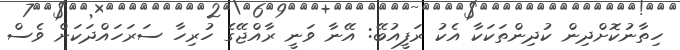
ހިތާނުކޮށްދިން ކުދިންތަކަކާ އެކު ރަފީއުބޭ: އޭނާ ވަނީ ރާއްޖޭގެ ހުރިހާ ސަރަހައްދަކަށް ވެސް